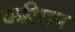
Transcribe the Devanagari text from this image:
करिगन